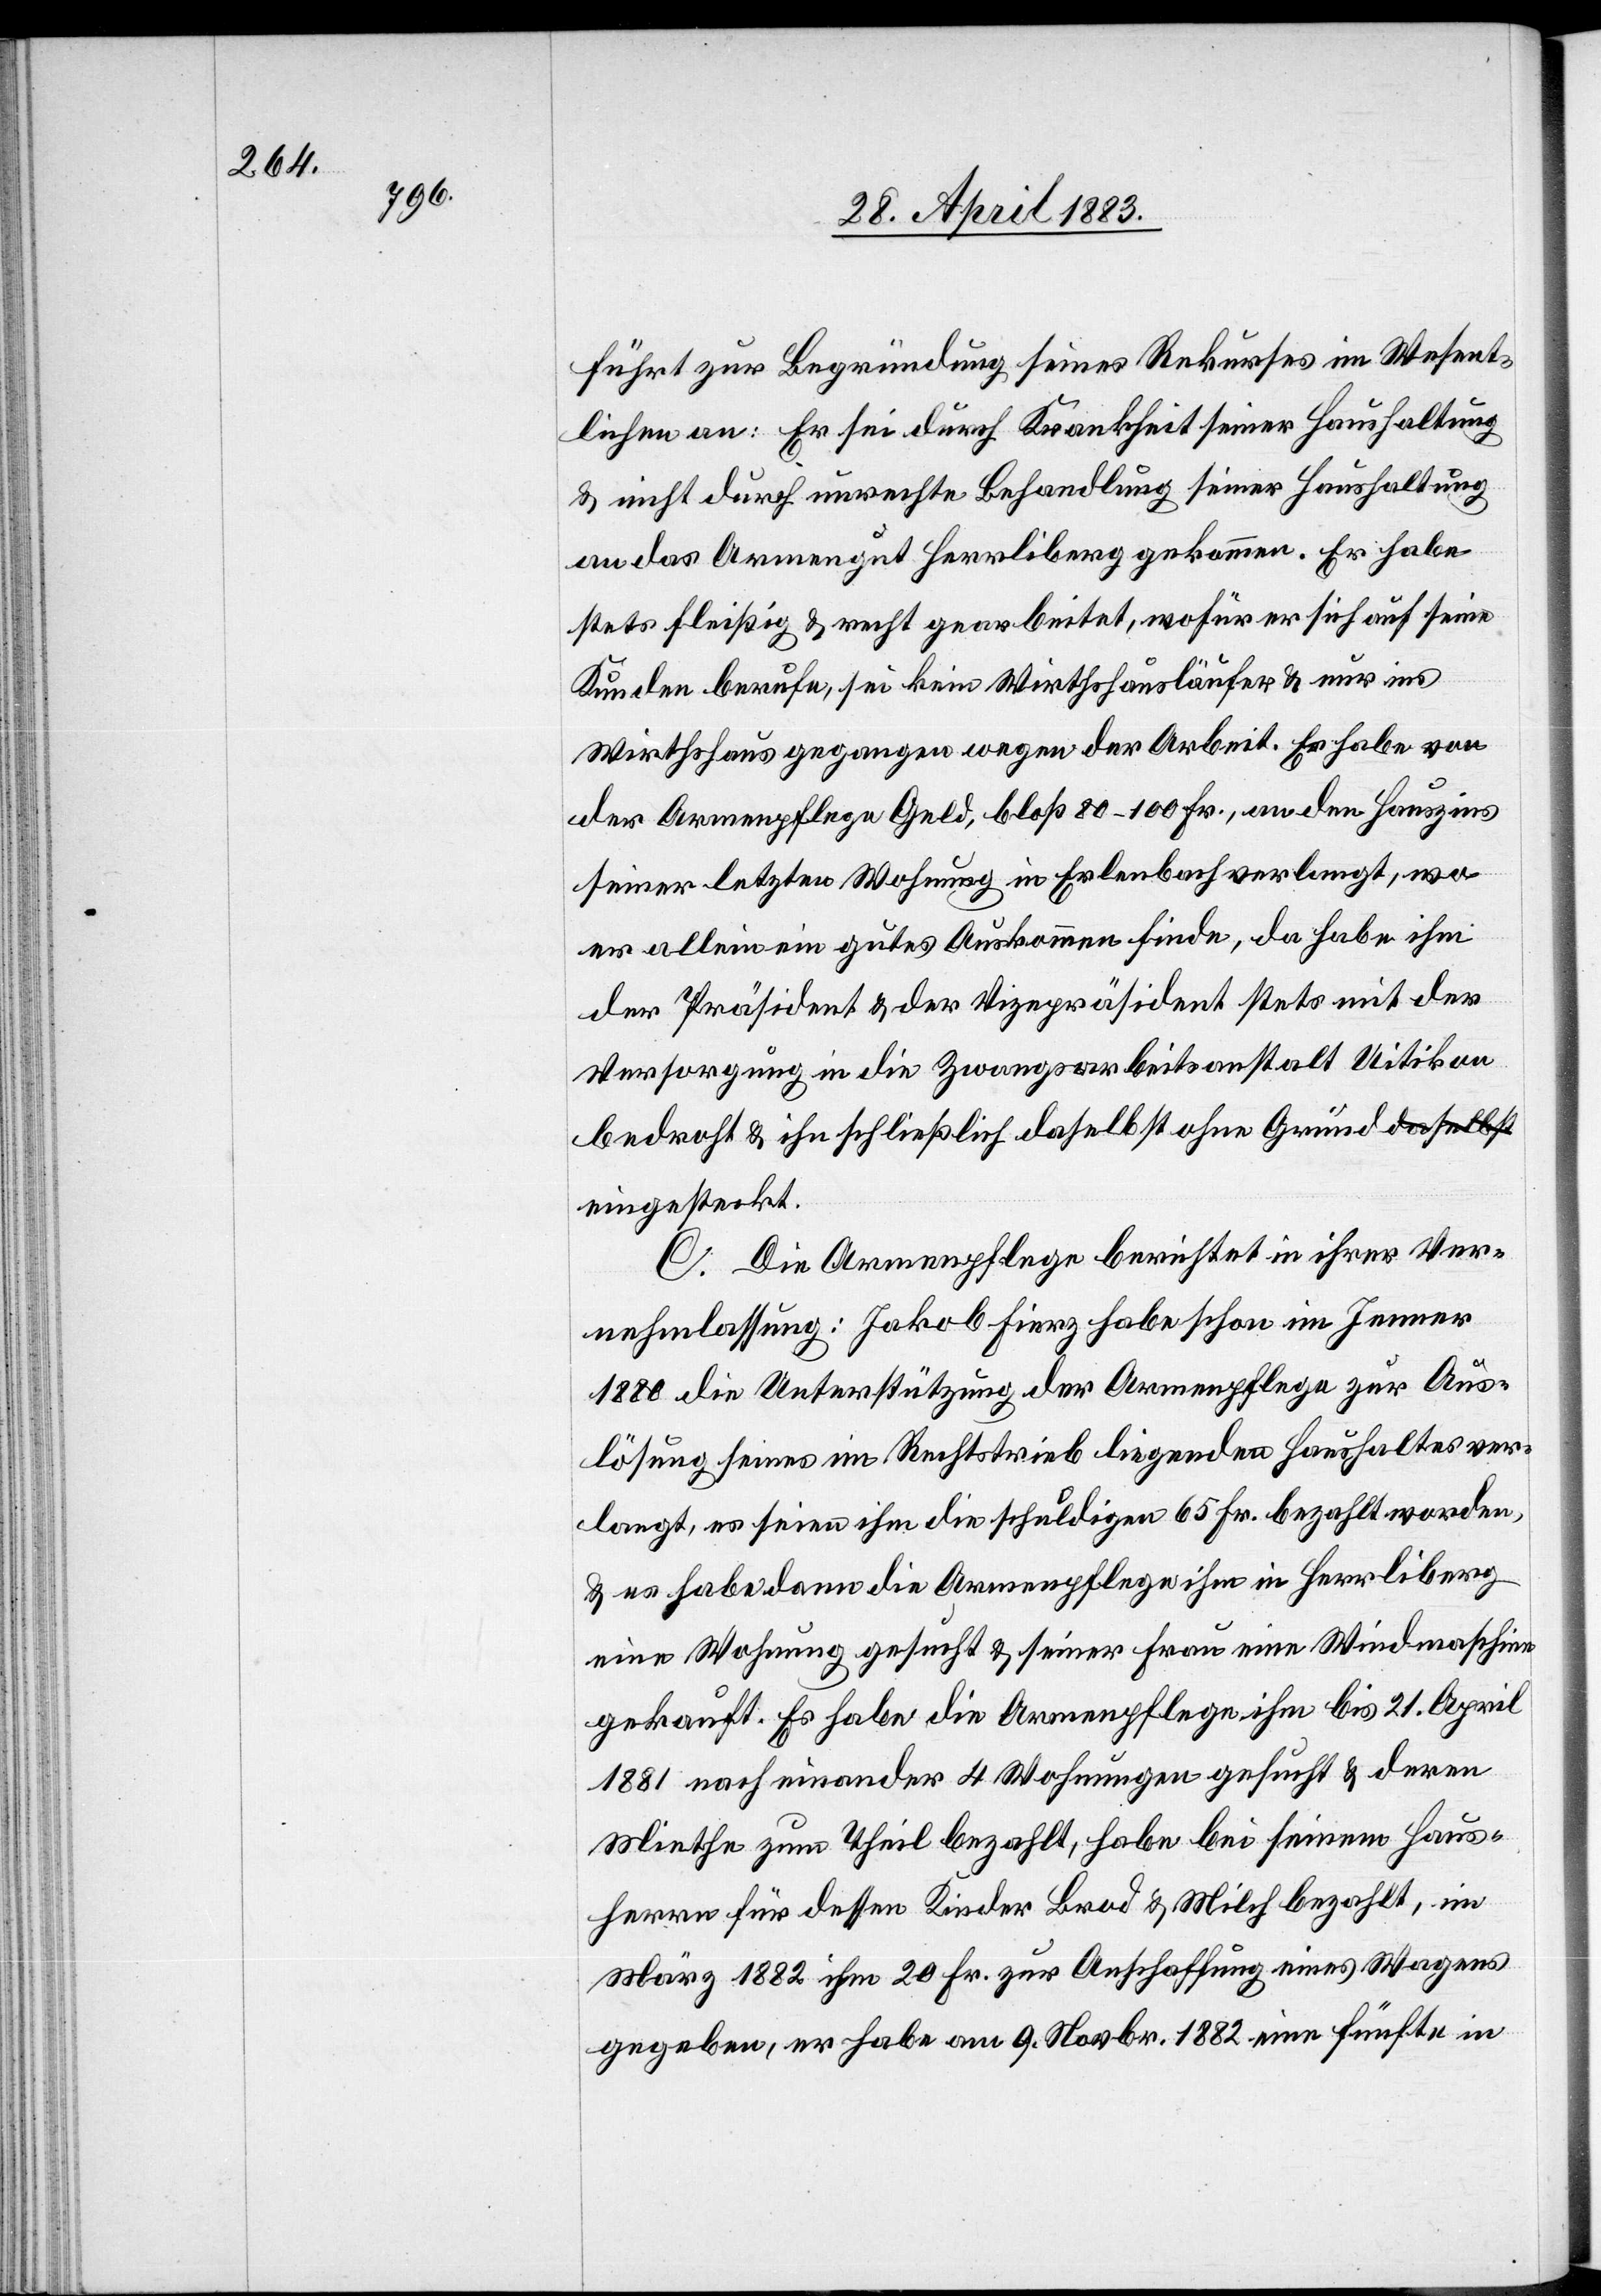
führt zur Begründung seines Rekurses im Wesent¬
lichen an: Er sei durch Krankheit seiner Haushaltung
& nicht durch unrechte Behandlung seiner Haushaltung
an das Armengut Herrliberg gekommen. Er habe
stets fleißig & recht gearbeitet, wofür er sich auf seine
Kunden berufe, sei kein Wirthshausläufer & nur ins
Wirthshaus gegangen wegen der Arbeit. Er habe von
der Armenpflege Geld, bloß 80–100 Fr., an den Hauszins
seiner letzten Wohnung in Erlenbach verlangt, wo
er allein ein gutes Auskommen finde, da habe ihm
der Präsident & der Vizepräsident stets mit der
Versorgung in die Zwangsarbeitsanstalt Uitikon
bedroht & ihn schließlich daselbst ohne Grund eingesteckt.
C. Die Armenpflege berichtet in ihrer Ver¬
nehmlassung: Jakob Fierz habe schon im Jenner
1880 die Unterstützung der Armenpflege zur Aus¬
lösung seines im Rechtstrieb liegenden Haushaltes ver¬
langt, es seien ihm die schuldigen 65 Fr. bezahlt worden,
& es habe dann die Armenpflege ihm in Herrliberg
eine Wohnung gesucht & seiner Frau eine Windmaschine
gekauft. Es habe die Armenpflege ihm bis 21. April
1881 nacheinander 4 Wohnungen gesucht & deren
Miethe zum Theil bezahlt, habe bei seinem Haus¬
herren für dessen Kinder Brod & Milch bezahlt, im
März 1882 ihm 20 Fr. zur Anschaffung eines Wagens
gegeben, er habe am 9. Novbr. 1882 eine fünfte in